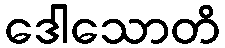
ဒေါသောတိ